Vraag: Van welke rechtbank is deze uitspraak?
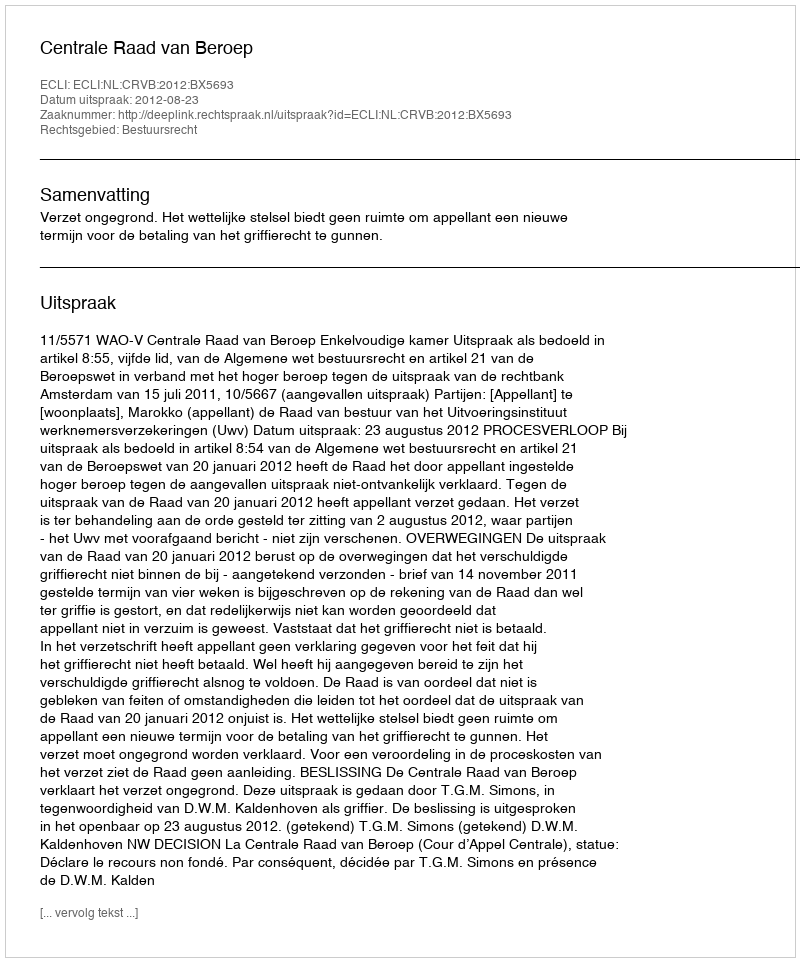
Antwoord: Centrale Raad van Beroep